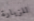
للزيارة